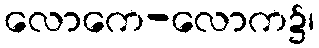
လောကေ-လောက၌၊